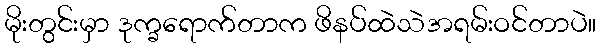
မိုးတွင်းမှာ ဒုက္ခရောက်တာက ဖိနပ်ထဲသဲအရမ်းဝင်တာပဲ။